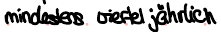
mindestens viertel jährlich